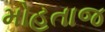
મોહતાજ